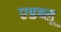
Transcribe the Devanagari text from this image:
एडब्लू